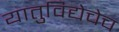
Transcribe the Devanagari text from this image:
यातुविद्येचेच